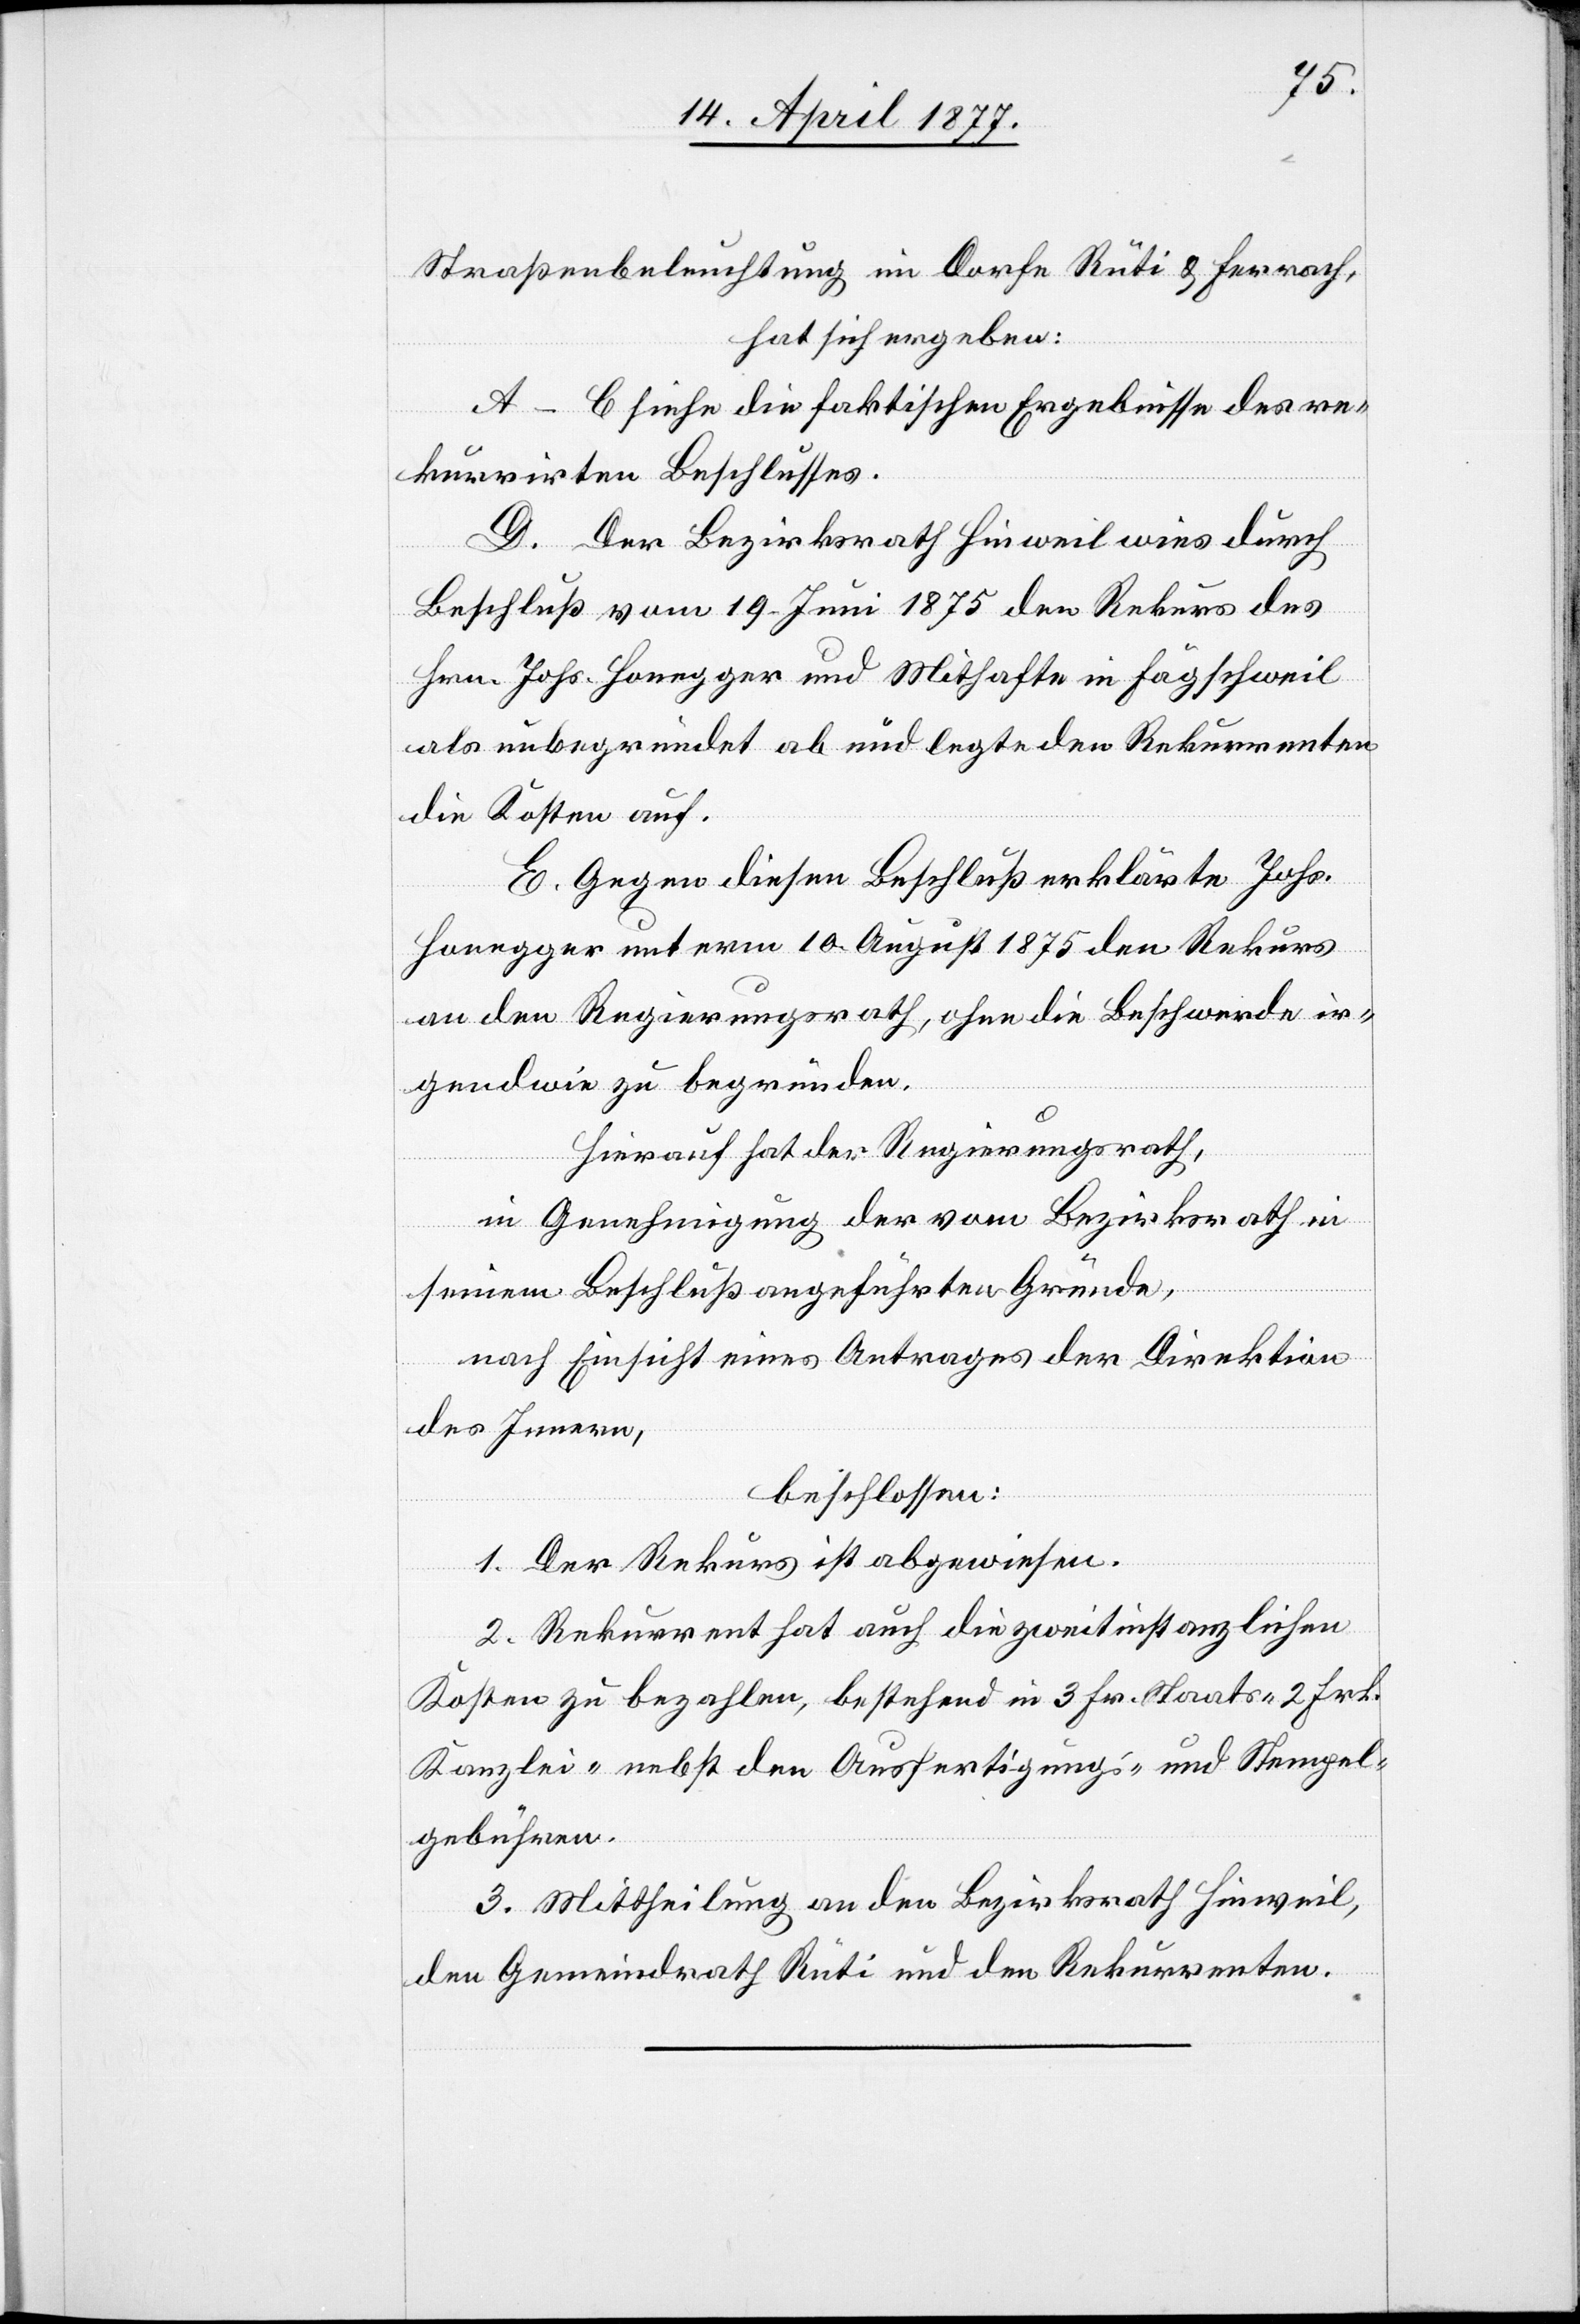
Straßenbeleuchtung im Dorfe Rüti & Ferrach,
hat sich ergeben:
A–C siehe die faktischen Ergebnisse des re¬
kurrirten Beschlusses.
D. Der Bezirksrath Hinweil wies durch
Beschluß vom 19. Juni 1875 den Rekurs des
Hrn. Johs. Honegger und Mithafte in Fägschweil
als unbegründet ab und legte den Rekurrenten
die Kosten auf.
E. Gegen diesen Beschluß erklärte Johs.
Honegger unterm 10. August 1875 den Rekurs
an den Regierungsrath, ohne die Beschwerde ir¬
gendwie zu begründen.
Hierauf hat der Regierungsrath,
in Genehmigung der vom Bezirksrath in
seinem Beschluß aufgeführten Gründe,
nach Einsicht eines Antrages der Direktion
des Innern,
beschlossen:
1. Der Rekurs ist abgewiesen.
2. Rekurrent hat auch die zweitinstanzlichen
Kosten zu bezahlen, bestehend in 3 Frk. Staats- 2 Frk.
Kanzlei- nebst den Ausfertigungs- und Stempel¬
gebühren.
3. Mittheilung an den Bezirksrath Hinweil,
den Gemeindrath Rüti und den Rekurrenten.